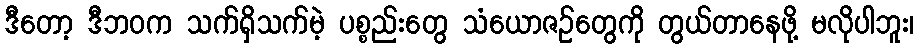
ဒီတော့ ဒီဘဝက သက်ရှိသက်မဲ့ ပစ္စည်းတွေ သံယောဇဉ်တွေကို တွယ်တာနေဖို့ မလိုပါဘူး၊